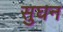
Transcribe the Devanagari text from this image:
सुघन